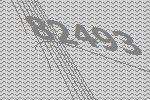
82493